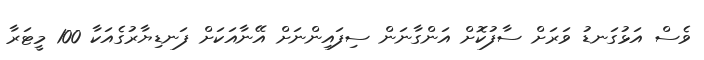
ވެސް އަޅުގަނޑު ވަރަށް ސާފުކޮށް އަންގާނަން ސިފައިންނަށް އޭނާއަކަށް ފަނޑިޔާރުގެއަކާ 100 މީޓަރާ